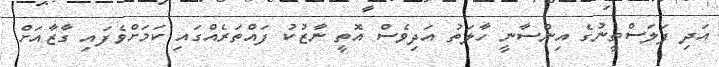
އަދި ފަލަސްތީނުގެ އިންސާނީ ހާލަތު އަދިވެސް އޮތީ ނާޒުކު ފައްތަރެއްގައި ކަމަށްވެފައި ގާޒާއަށް